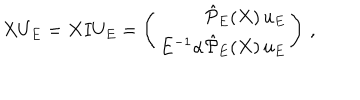
LaTeX: X U _ { E } = X I U _ { E } = \left( \begin{array} { r } { { \hat { \cal P } _ { E } ( X ) \, u _ { E } } } \\ { { E ^ { - 1 } \alpha \hat { \cal P } _ { E } ( X ) \, u _ { E } } } \\ \end{array} \right) \, ,